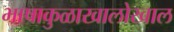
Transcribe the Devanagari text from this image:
भाषाकुळाखालोखाल